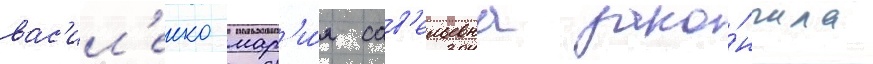
вас'ил'енко мар'и́я сав'ельевна зако́нчила